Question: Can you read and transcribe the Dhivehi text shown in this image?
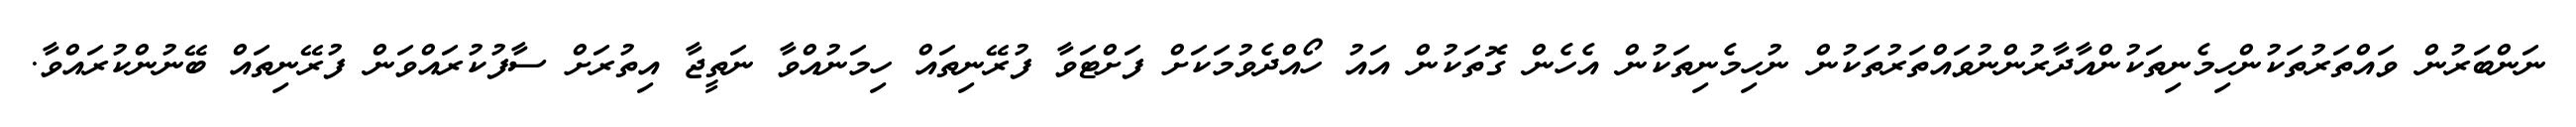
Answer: ނަންބަރުން ވައްތަރުތަކުންހިމެނިތަކުންއާދާރުންނުވައްތަރުތަކުން ނުހިމެނިތަކުން އެހެން ގޮތަކުން އައު ހޯއްދެވުމަކަށް ފަށްޓަވާ ފުރޭނިތައް ހިމަނުއްވާ ނަތީޖާ އިތުރަށް ސާފުކުރައްވަން ފުރޭނިތައް ބޭނުންކުރައްވާ.